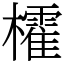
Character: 㰌